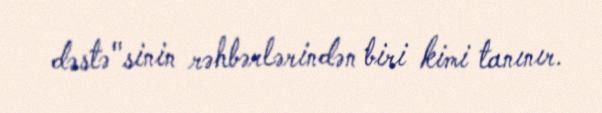
dəstə"sinin rəhbərlərindən biri kimi tanınır.